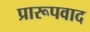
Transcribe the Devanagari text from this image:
प्रारूपवाद